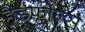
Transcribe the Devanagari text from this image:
हैडफोन्स